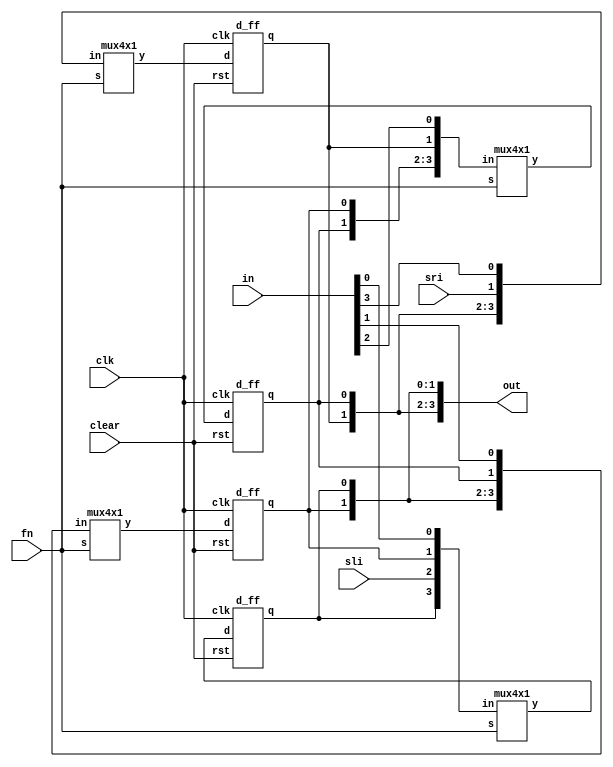
// Universal Shift Register

module universalShiftRegister #(parameter N = 4)(
	input [N-1:0] in,
	input [1:0] fn,
	input sli,sri,clear,clk,
	output [N-1:0]out
);

wire [N-1:0] muxOut;

genvar i;
generate
	for(i = 0; i < N; i=i+1)begin:latch
		d_ff d0(.d(muxOut[i]), .clk(clk), .rst(clear), .q(out[i]));
	end
endgenerate

/*
fn:
00 -> Latch
01 -> LS
10 -> RS
11 -> Parallel In
*/

mux4x1 lsb(.s(fn), .in({out[0],sli,out[0+1],in[0]}), .y(muxOut[0]));
mux4x1 msb(.s(fn), .in({out[N-1],out[N-1-1],sri,in[N-1]}), .y(muxOut[N-1]));

genvar j;
generate
	for(j = 1; j < (N-1); j=j+1)begin:usrCore
		mux4x1 int(.s(fn), .in({out[j],out[j-1],out[j+1],in[j]}), .y(muxOut[j]));
	end
endgenerate

endmodule


module mux4x1(
	input [1:0]s,
	input [3:0]in,
	output y
);

assign y = (s[1] & s[0]) ? in[3] :
			  (s[1] & ~s[0]) ? in[2] :
			  (~s[1] & s[0]) ? in[1] :
			  in[0];

endmodule

module d_ff(
	input d,rst,clk,
	output reg q
);

always@(posedge clk, posedge rst)begin
	if(rst) q <= 1'b0;
	else q <= d;
end
endmodule